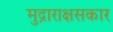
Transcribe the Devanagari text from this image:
मुद्राराक्षसकार